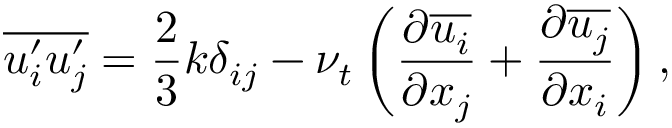
{ \overline { { u _ { i } ^ { \prime } u _ { j } ^ { \prime } } } } = { \frac { 2 } { 3 } } k \delta _ { i j } - \nu _ { t } \left( { \frac { \partial { \overline { { u _ { i } } } } } { \partial x _ { j } } } + { \frac { \partial { \overline { { u _ { j } } } } } { \partial x _ { i } } } \right) ,